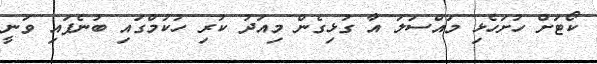
ކޯޓަށް ހުށަހެޅި މައްސަލަ އާ ގުޅިގެން މިއަދު ކުރި ހުކުމްގައި ބުނެފައި ވަނީ